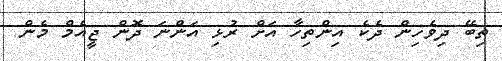
ތިބޭ ދިވެހިން ދެކެ އިންތިހާ އަށް ރުޅި އަންނަ ދޮން ޖީއެމް މެން